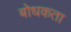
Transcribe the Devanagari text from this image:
बोधकता